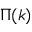
\Pi ( k )